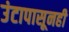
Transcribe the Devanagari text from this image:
उंटापासूनही